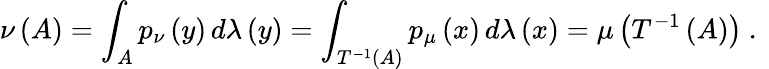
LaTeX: \nu\left(A\right)=\int_{A}p_{\nu}\left(y\right)\, d\lambda\left(y\right)=\int_{T^{-1}(A)}p_{\mu}\left(x\right)\, d\lambda\left(x\right)=\mu\left(T^{-1}\left(A\right)\right)\mathrm{~.~}